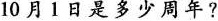
10月1日是多少周年?